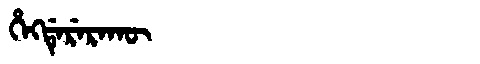
Manchu: ᡥᡝᡴᡩᡝᡵᡝᡵᠠᡴᡡ
Romanization: HEKDERERAKŪ